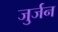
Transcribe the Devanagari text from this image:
जुर्जन